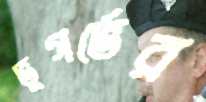
ভুগর্ভের